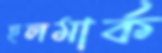
হলমার্ক